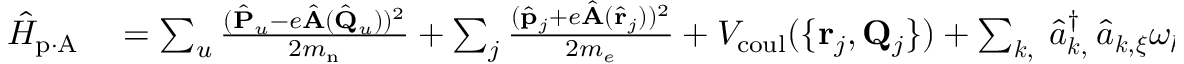
\begin{array} { r l } { \hat { H } _ { \mathrm { p \cdot A } } } & { { } = \sum _ { u } \frac { ( \hat { \bf P } _ { u } - e \hat { \bf A } ( \hat { \bf Q } _ { u } ) ) ^ { 2 } } { 2 m _ { \mathrm { n } } } + \sum _ { j } \frac { ( \hat { \bf p } _ { j } + e \hat { \bf A } ( \hat { \bf r } _ { j } ) ) ^ { 2 } } { 2 m _ { e } } + V _ { \mathrm { c o u l } } ( \{ { { \bf r } _ { j } , { \bf Q } _ { j } } \} ) + \sum _ { { \boldsymbol k } , { \bf \xi } } \hat { a } _ { { \boldsymbol k } , { \bf \xi } } ^ { \dagger } \hat { a } _ { { \boldsymbol k } , { \boldsymbol { \xi } } } \omega _ { \boldsymbol k } , } \end{array}